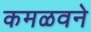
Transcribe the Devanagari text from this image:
कमळवने